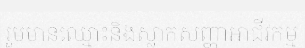
រួមមានឈ្មោះនិងស្លាកសញ្ញាអាជីវកម្ម